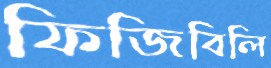
ফিজিবিলি